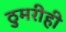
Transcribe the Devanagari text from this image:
ठुमरीही